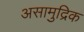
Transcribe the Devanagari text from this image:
असामुद्रिक